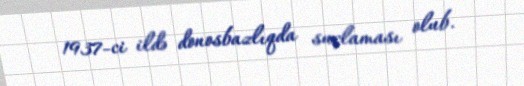
1937-ci ildə donosbazlıqda suçlaması olub.